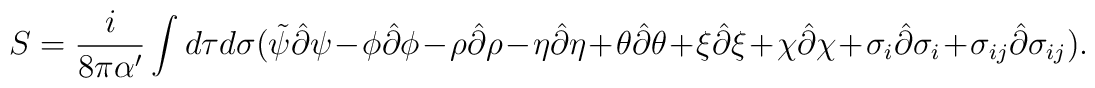
S=\frac{i}{8\pi \alpha '}\int d\tau d\sigma (\tilde{\psi}\hat{\partial}\psi - \phi\hat{\partial}\phi - \rho\hat{\partial}\rho - \eta\hat{\partial}\eta + \theta\hat{\partial}\theta + \xi\hat{\partial}\xi + \chi\hat{\partial}\chi + \sigma_i\hat{\partial}\sigma_i + \sigma_{ij}\hat{\partial}\sigma_{ij}).